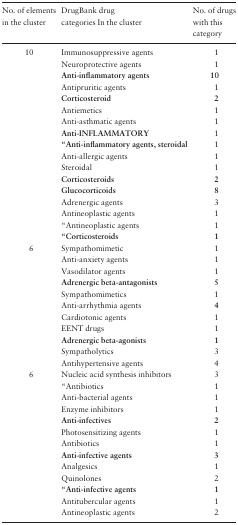
| No. of elements in the cluster | DrugBank drug categories In the cluster | No. of drugs with this category |
 | --- | --- | --- |
 | 10 | Immunosuppressive agents | 1 |
 |  | Neuroprotective agents | 1 |
 |  | Anti-inflammatory agents | 10 |
 |  | Antipruritic agents | 1 |
 |  | Corticosteroid | 2 |
 |  | Antiemetics | 1 |
 |  | Anti-asthmatic agents | 1 |
 |  | Anti-INFLAMMATORY | 1 |
 |  | “Anti-inflammatory agents, steroidal | 1 |
 |  | Anti-allergic agents | 1 |
 |  | Steroidal | 1 |
 |  | Corticosteroids | 2 |
 |  | Glucocorticoids | 8 |
 |  | Adrenergic agents | 3 |
 |  | Antineoplastic agents | 1 |
 |  | “Antineoplastic agents | 1 |
 |  | “Corticosteroids | 1 |
 | 6 | Sympathomimetic | 1 |
 |  | Anti-anxiety agents | 1 |
 |  | Vasodilator agents | 1 |
 |  | Adrenergic beta-antagonists | 5 |
 |  | Sympathomimetics | 1 |
 |  | Anti-arrhythmia agents | 4 |
 |  | Cardiotonic agents | 1 |
 |  | EENT drugs | 1 |
 |  | Adrenergic beta-agonists | 1 |
 |  | Sympatholytics | 3 |
 |  | Antihypertensive agents | 4 |
 | 6 | Nucleic acid synthesis inhibitors | 3 |
 |  | “Antibiotics | 1 |
 |  | Anti-bacterial agents | 1 |
 |  | Enzyme inhibitors | 1 |
 |  | Anti-infectives | 2 |
 |  | Photosensitizing agents | 1 |
 |  | Antibiotics | 1 |
 |  | Anti-infective agents | 3 |
 |  | Analgesics | 1 |
 |  | Quinolones | 2 |
 |  | “Anti-infective agents | 1 |
 |  | Antitubercular agents | 1 |
 |  | Antineoplastic agents | 2 |